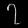
Digit: ၇